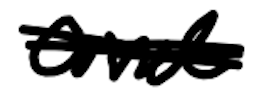
Text: and
Cross-out: scratch
Writing tool: digital_black